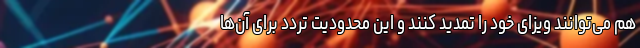
هم می‌توانند ویزای خود را تمدید کنند و این محدودیت تردد برای آن‌ها